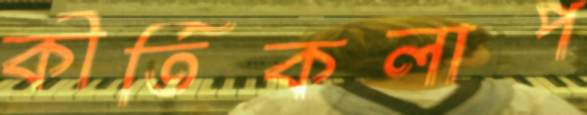
কীর্তিকলাপ